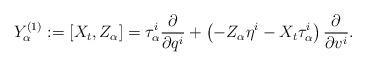
LaTeX: \begin{align*}Y^{(1)}_{\alpha}:=[X_{t},Z_{\alpha}]=\tau^{i}_{\alpha}\frac{\partial}{\partial q^{i}}+\left(-Z_{\alpha}\eta^{i}-X_{t}\tau^{i}_{\alpha}\right)\frac{\partial}{\partial v^{i}}.\end{align*}